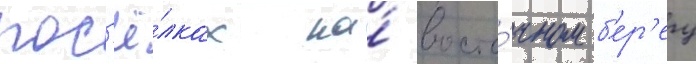
пос'ё́лках на́ восто́чном б'ер'егу